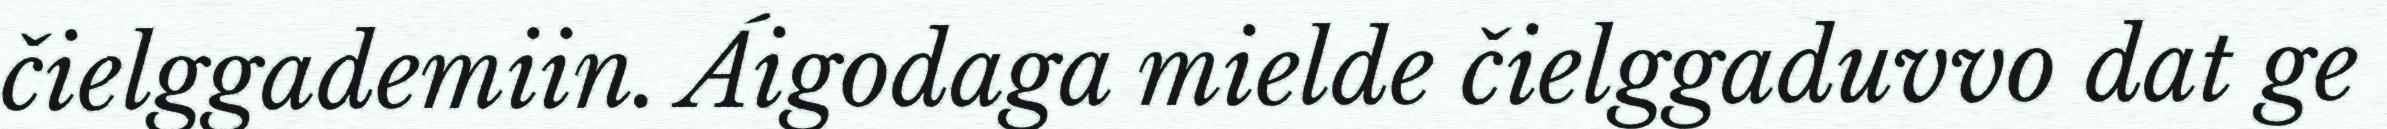
čielggademiin. Áigodaga mielde čielggaduvvo dat ge